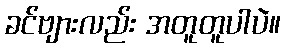
ခင်ဗျားလည်း အတူတူပါပဲ။